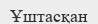
Ұштасқан